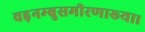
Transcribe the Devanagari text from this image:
वह़नम्‍बुसमीरणाख्‍या।